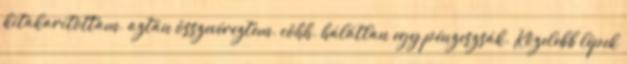
kitakarítottam. aztán összevéreztem. cöhh. hálátlan egy pénzeszsák. Közelebb lépek